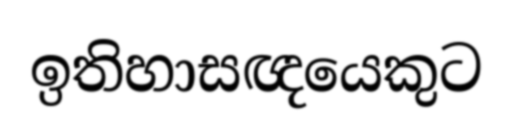
ඉතිහාසඥයෙකුට